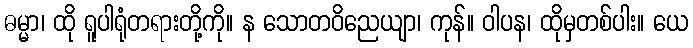
ဓမ္မာ၊ ထို ရူပါရုံတရားတို့ကို။ န သောတဝိညေယျာ၊ ကုန်။ ဝါပန၊ ထိုမှတစ်ပါး။ ယေ